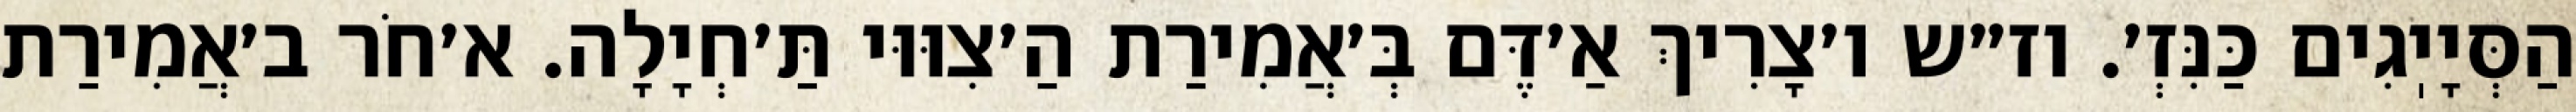
הַסְּיָיֽגִים כַּנִּזְ׳. וז״ש ו׳צָרִיךְ אַ׳דֶּם בְּ׳אֲמִירַת הַ׳צִוּוּי תַּ׳חְיָלָה. א׳חֹר ב׳אֲמִירַת